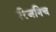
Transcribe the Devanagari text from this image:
रिजनिच